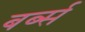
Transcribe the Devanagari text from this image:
बर्ब्स